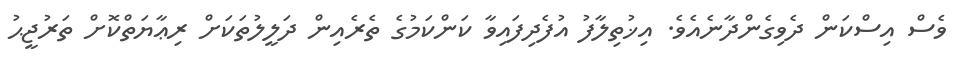
ވެސް އިސްކަން ދެވިގެންދާނެއެވެ. އިޚުތިލާފު އުފެދިފައިވާ ކަންކަމުގެ ތެރެއިން ދަލީލުތަކަށް ރިޢާޔަތްކޮށް ތަރުޖީޙު